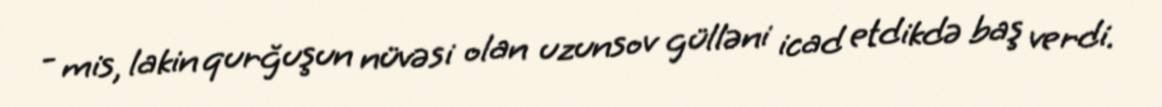
- mis, lakin qurğuşun nüvəsi olan uzunsov gülləni icad etdikdə baş verdi.